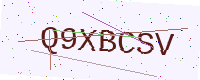
Text: Q9XBCSV